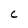
Character: C